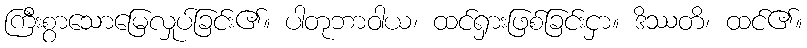
ကြီးစွာသောမြေလှုပ်ခြင်း၏။ ပါတုဘာဝါယ၊ ထင်ရှားဖြစ်ခြင်းငှာ။ ဒိဿတိ၊ ထင်၏။